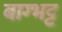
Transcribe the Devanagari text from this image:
बाग्भट्ट